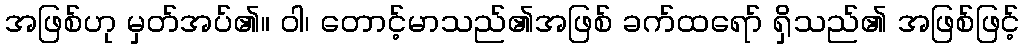
အဖြစ်ဟု မှတ်အပ်၏။ ဝါ၊ တောင့်မာသည်၏အဖြစ် ခက်ထရော် ရှိသည်၏ အဖြစ်ဖြင့်